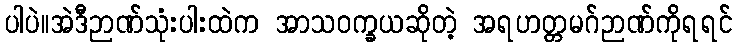
ပါပဲ။အဲဒီဉာဏ်သုံးပါးထဲက အာသဝက္ခယဆိုတဲ့ အရဟတ္တမဂ်ဉာဏ်ကိုရရင်